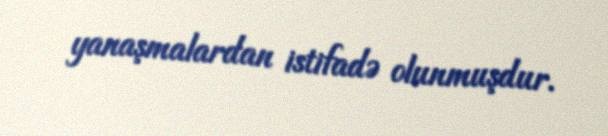
yanaşmalardan istifadə olunmuşdur.